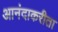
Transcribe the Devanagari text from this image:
आनंदाकरीता